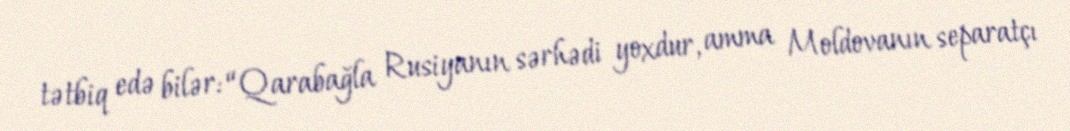
tətbiq edə bilər: “Qarabağla Rusiyanın sərhədi yoxdur, amma Moldovanın separatçı